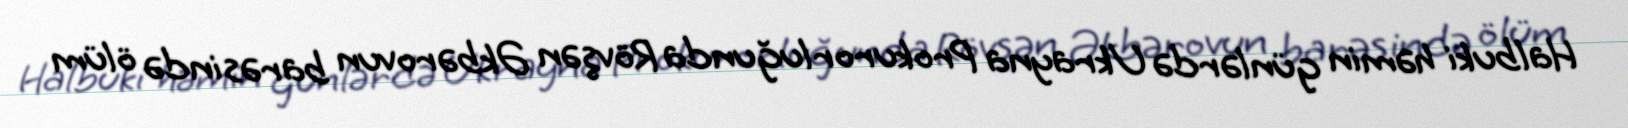
Halbuki həmin günlərdə Ukrayna Prokurorluğunda Rövşən Əkbərovun barəsində ölüm